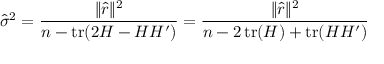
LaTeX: { \hat { \sigma } } ^ { 2 } = { \frac { \| { \hat { r } } \| ^ { 2 } } { n - \operatorname { t r } ( 2 H - H H ^ { \prime } ) } } = { \frac { \| { \hat { r } } \| ^ { 2 } } { n - 2 \operatorname { t r } ( H ) + \operatorname { t r } ( H H ^ { \prime } ) } }